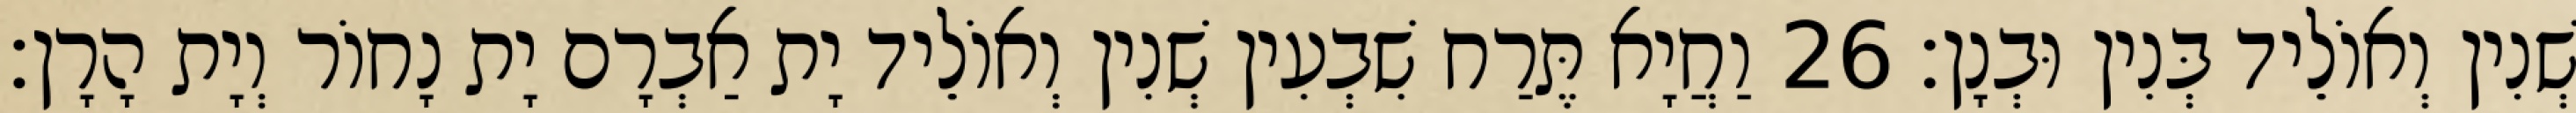
שְׁנִין וְאוֹלֵיד בְּנִין וּבְנָן׃ 26 וַחֲיָא תֶּרַח שִׁבְעִין שְׁנִין וְאוֹלֵיד יָת אַבְרָם יָת נָחוֹר וְיָת הָרָן׃